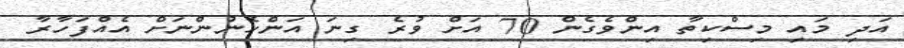
އަދި މައި މިސްކިތާ އިންވެގެން 70 އަށް ވުރެ ގިނަ އަންހެނުންނަށް އެއްފަހާރާ